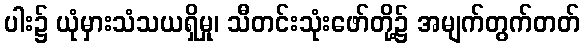
ပါး၌ ယုံမှားသံသယရှိမှု၊ သီတင်းသုံးဖော်တို့၌ အမျက်တွက်တတ်